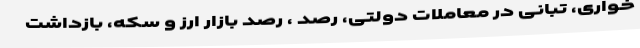
خواری، تبانی در معاملات دولتی، رصد ، رصد بازار ارز و سکه، بازداشت